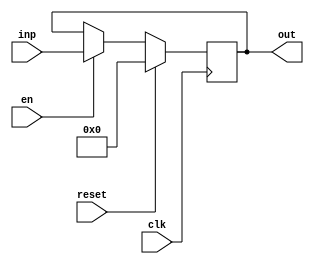
module registerNbits #(parameter N = 32) (clk, reset, en, inp, out);
	input clk, reset, en;
	output reg [N-1:0] out;
	input [N-1:0] inp;
	always @(posedge clk) begin
			if (reset) 
				out <= 'b0;
			else if(en)
				out <= inp;
	end
endmodule


module boothmultiplier (input [31:0] m, input [31:0] q, output [63:0] result);
integer i;

reg signed [64:0]res=0;
assign result = res[64:1];

always @(m or q) begin
res = {32'b0,q,1'b0};
for(i = 0; i < 32; i = i + 1) begin

if(res[1:0] == 2'b01)begin
res[64:33] = res[64:33] + m;
res = res >>> 1;
end
else if(res[1:0] == 2'b10) begin
res[64:33] = res[64:33] - m;
res = res >>> 1;
end
else begin
res = res >>> 1;
end



end

end
endmodule

module integrationMult #(parameter N = 32) (inputA, inputB, clk, reset, en, result);
input clk, reset, en;
input [N-1:0] inputA, inputB;
output [2*N-1:0] result;
wire [N-1:0] A_reg;
wire [N-1:0] B_reg;
wire [N-1:0] outA_reg;
wire [N-1:0] outB_reg;
registerNbits #(32) regA(clk, reset, en, inputA, A_reg);
registerNbits #(32) regB(clk, reset, en, inputB, B_reg);
boothmultiplier BM(A_reg, B_reg, {outA_reg,outB_reg});
registerNbits #(32) outA(clk, reset, en, outB_reg, result[N-1:0]);
registerNbits #(32) outB(clk, reset, en, outA_reg, result[2*N-1:N]);
endmodule